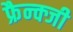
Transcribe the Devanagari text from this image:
फ्रैन्क्जी